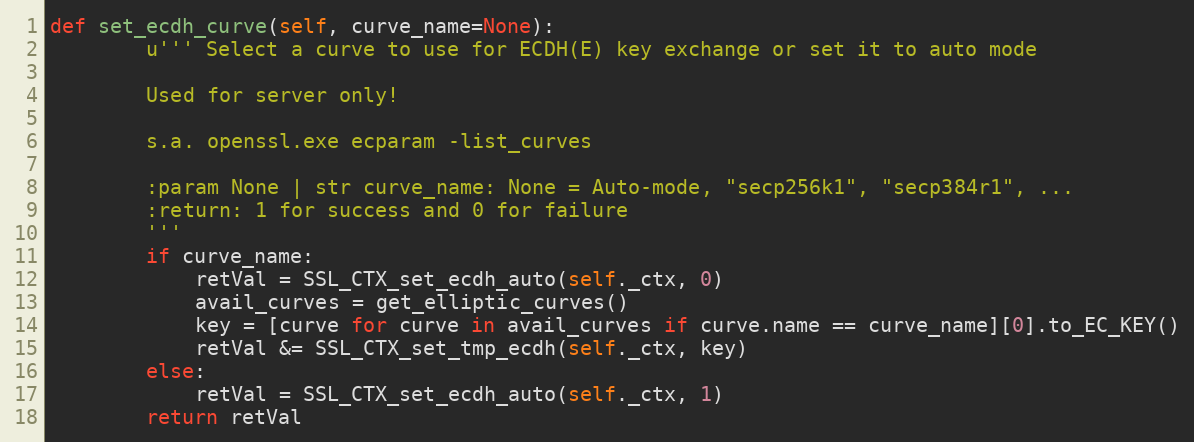
Language: Python
def set_ecdh_curve(self, curve_name=None):
        u''' Select a curve to use for ECDH(E) key exchange or set it to auto mode

        Used for server only!

        s.a. openssl.exe ecparam -list_curves

        :param None | str curve_name: None = Auto-mode, "secp256k1", "secp384r1", ...
        :return: 1 for success and 0 for failure
        '''
        if curve_name:
            retVal = SSL_CTX_set_ecdh_auto(self._ctx, 0)
            avail_curves = get_elliptic_curves()
            key = [curve for curve in avail_curves if curve.name == curve_name][0].to_EC_KEY()
            retVal &= SSL_CTX_set_tmp_ecdh(self._ctx, key)
        else:
            retVal = SSL_CTX_set_ecdh_auto(self._ctx, 1)
        return retVal